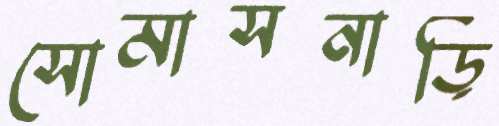
সোমাসনাড়ি